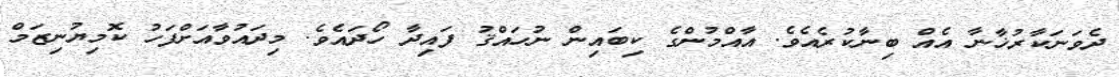
ދެވަނަކާރުޚާނާ އެއް ބިނާކުރެއެވެ. އާއްމުންގެ ކިބައިން ނުހައްޤު ފައިދާ ހޯދައެވެ. މިދައުވާއަށްފަހު ކޮމިޔުނިޒަމް